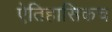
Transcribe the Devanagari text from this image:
ऐतिहासिकच